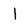
Character: 1